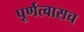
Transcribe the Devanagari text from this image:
पूर्णत्वासच